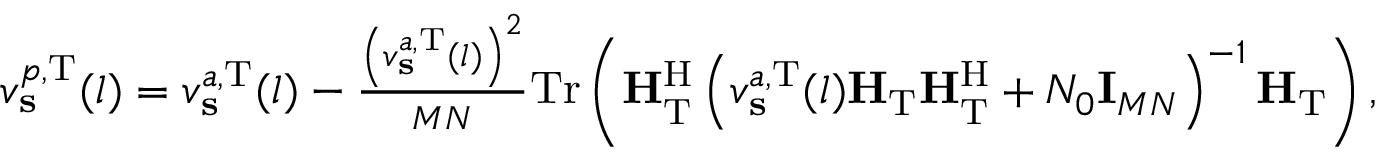
\begin{array} { r } { v _ { \mathbf { s } } ^ { p , \mathrm { T } } ( l ) = v _ { \mathbf { s } } ^ { a , \mathrm { T } } ( l ) - \frac { \left( v _ { \mathbf { s } } ^ { a , \mathrm { T } } ( l ) \right) ^ { 2 } } { M N } \mathrm { T r } \left( \mathbf { H } _ { \mathrm { T } } ^ { \mathrm { H } } \left( v _ { \mathbf { s } } ^ { a , \mathrm { T } } ( l ) \mathbf { H } _ { \mathrm { T } } \mathbf { H } _ { \mathrm { T } } ^ { \mathrm { H } } + N _ { 0 } \mathbf { I } _ { M N } \right) ^ { - 1 } \mathbf { H } _ { \mathrm { T } } \right) , } \end{array}